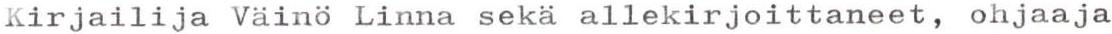
Kirjailija Väinö Linna sekä allekirjoittaneet, ohjaaja